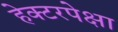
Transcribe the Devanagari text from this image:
हेक्टरपेक्षा